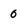
Character: 0